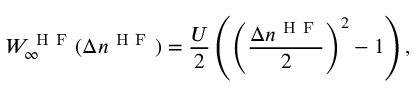
W _ { \infty } ^ { \mathrm { ~ H ~ F ~ } } ( \Delta n ^ { \mathrm { ~ H ~ F ~ } } ) = \frac { U } { 2 } \left( \left( \frac { \Delta n ^ { \mathrm { ~ H ~ F ~ } } } { 2 } \right) ^ { 2 } - 1 \right) ,